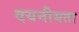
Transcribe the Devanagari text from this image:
दयनीयता